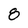
Character: 8